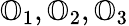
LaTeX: \mathbb{O}_{1},\mathbb{O}_{2},\mathbb{O}_{3}